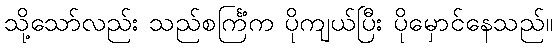
သို့သော်လည်း သည်စင်္ကြံက ပိုကျယ်ပြီး ပိုမှောင်နေသည်။